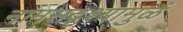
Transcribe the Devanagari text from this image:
नामसद्रृश्यामुळं